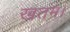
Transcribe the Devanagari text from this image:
खतम।